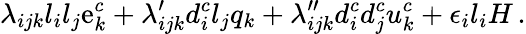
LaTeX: {\lambda_{ijk}l_{i}l_{j}\mathrm{e}_{k}^{c}+\lambda_{ijk}^{\prime}d_{i}^{c}l_{j}q_{k}+\lambda_{ijk}^{\prime\prime}d_{i}^{c}d_{j}^{c}u_{k}^{c}+\epsilon_{i}l_{i}H\, .}